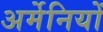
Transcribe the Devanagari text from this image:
अर्मेनियों